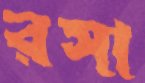
রসা